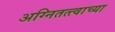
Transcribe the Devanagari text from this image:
अग्नितत्त्वाच्या